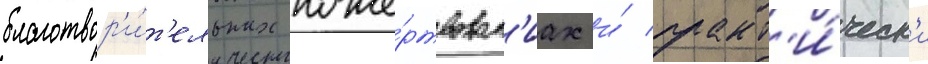
благотвор'и́т'ельных поже́ртвован'иах и́ практ'и́ческ'и